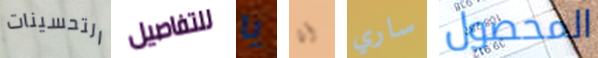
التحسينات للتفاصيل يا أنا ساري المحصول